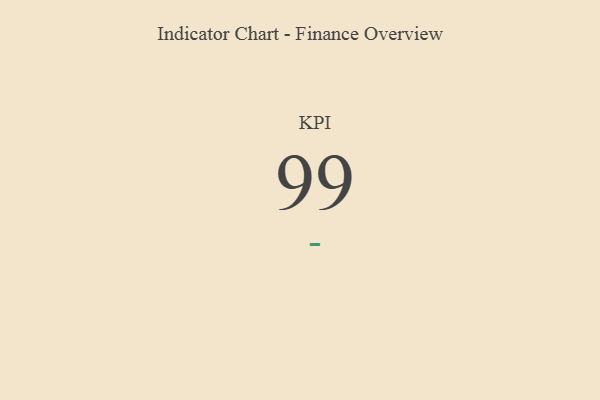
{"axis": {"x": "KPI", "y": "Value"}, "legend": [""], "data": [{"x": "KPI", "y": 99, "type": ""}]}